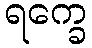
ရက္ခေ